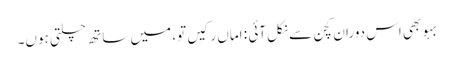
بہو بھی اس دوران کچن سے نکل آئی : اماں رکیں تو، میں ساتھ چلتی ہوں۔